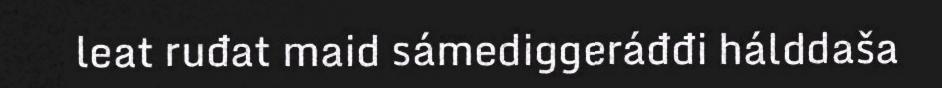
leat ruđat maid sámediggeráđđi hálddaša